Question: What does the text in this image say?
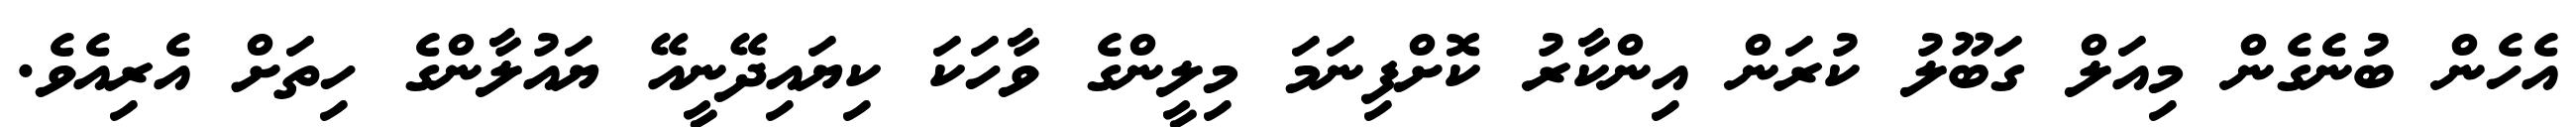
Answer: އެހެން ބުނެގެން މިއަލް ގަބޫލު ކުރަން އިންކާރު ކޮށްފިނަމަ މިލީންގެ ވާހަކަ ކިޔައިދޭނީއޭ ޔައުލާންގެ ހިތަށް އެރިއެވެ.